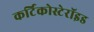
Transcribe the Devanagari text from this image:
कर्टिकोस्टेरॉइड